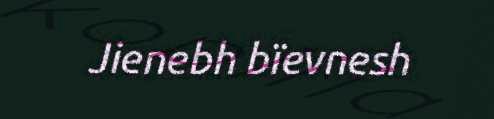
Jienebh bïevnesh